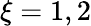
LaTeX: \xi=1,2